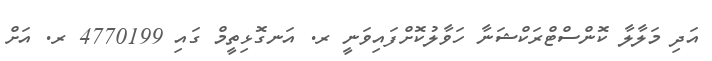
އަދި މަލާލާ ކޮންސްޓްރަކްޝަނާ ހަވާލުކޮށްފައިވަނީ ރ. އަނގޮޅިތީމް ގައި 4770199 ރ. އަށް